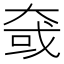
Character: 㚜